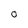
Character: 0